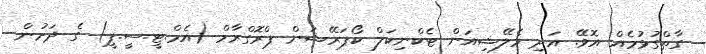
ގާތްގުޅުމެއް އޮވޭ. އަދި މެލޭޝިއަން ޓެކްނިކަލް ކޯޕަރޭޝަން ޕްރޮގްރާމް (އެމް.ޓީ.ސީ.ޕީ) ގެ ދަށުން